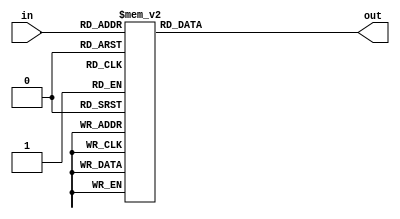
`timescale 1ns / 1ps
//////////////////////////////////////////////////////////////////////////////////
// Company: 
// Engineer: 
// 
// Design Name: 
// Module Name: hex_to_ascii
// Project Name: 
// Target Devices: 
// Tool Versions: 
// Description: 
// 
// Dependencies: 
// 
// Revision:
// Revision 0.01 - File Created
// Additional Comments:
// 
//////////////////////////////////////////////////////////////////////////////////


module hex_to_ascii(
    input wire [3:0] in,
    output reg [7:0] out
    );
    
    always @(*) begin
        case (in)
        4'h0: out = 8'h30; // 0
        4'h1: out = 8'h31; // 1
        4'h2: out = 8'h32; // 2
        4'h3: out = 8'h33; // 3
        4'h4: out = 8'h34; // 4
        4'h5: out = 8'h35; // 5
        4'h6: out = 8'h36; // 6
        4'h7: out = 8'h37; // 7
        4'h8: out = 8'h38; // 8
        4'h9: out = 8'h39; // 9
        4'ha: out = 8'h41; // a
        4'hb: out = 8'h42; // b
        4'hc: out = 8'h43; // c
        4'hd: out = 8'h44; // d
        4'he: out = 8'h45; // e
        4'hf: out = 8'h46; // f
        default: out = 8'b0;
        endcase
   end
endmodule